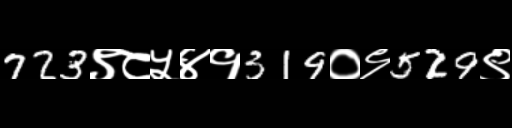
Text: 723९८५४१319०९529९